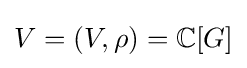
V=(V,\rho )=\mathbb {C} [G]